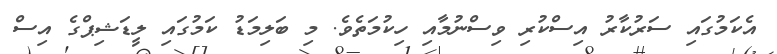
އެކަމުގައި ސަރުކާރު އިސްކުރި ވިސްނުމާއި ހިކުމަތެވެ. މި ބަލިމަޑު ކަމުގައި ލީޑަޝިޕްގެ އިސް